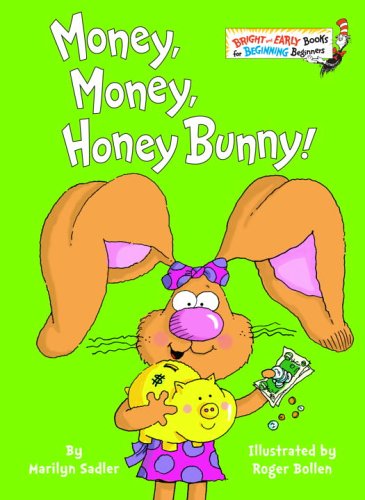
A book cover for Money, Money, Honey Bunny! (Bright & Early Books(R)); Marilyn Sadler; Children's Books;